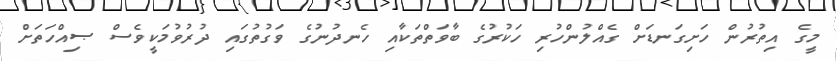
މީގެ އިތުރުން ހަށިގަނޑަށް ގެއްލުންހުރި ހަކުރުގެ ބާވަތްތަކާއި ހެނދުނުގެ ވަގުތުގައި ދުރުވުމަކީވެސް ޞިއްހަތަށް